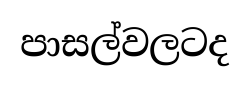
පාසල්වලටද